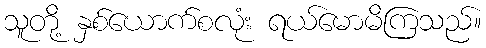
သူတို့ နှစ်ယောက်စလုံး ရယ်မောမိကြသည်။